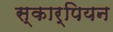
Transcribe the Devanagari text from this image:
स्कार्पियन